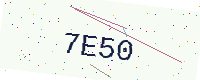
Text: 7E50